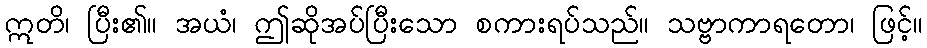
ဣတိ၊ ပြီး၏။ အယံ၊ ဤဆိုအပ်ပြီးသော စကားရပ်သည်။ သဗ္ဗာကာရတော၊ ဖြင့်။